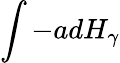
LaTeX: \int-adH_{\gamma}